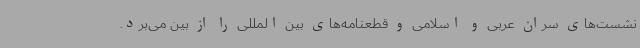
نشست‌های سران عربی و اسلامی و قطعنامه‌های بین المللی را از بین می‌برد.